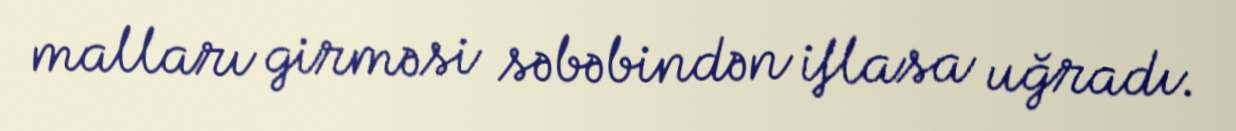
malları girməsi səbəbindən iflasa uğradı.